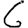
Digit: 6